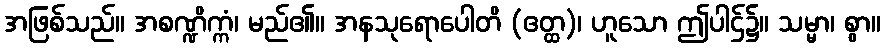
အဖြစ်သည်။ အစဏ္ဍိက္ကံ၊ မည်၏။ အနသုရောပေါတိ (ဧတ္ထ)၊ ဟူသော ဤပါဌ်၌။ သမ္မာ၊ စွာ။